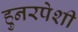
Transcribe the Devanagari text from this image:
हुनरपेशी